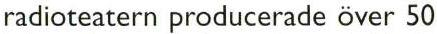
radioteatern producerade över 50